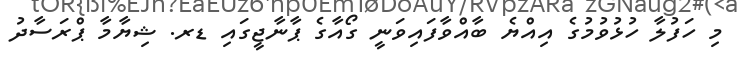
މި ހަފުލާ ހުޅުވުމުގެ އިއްޔެ ބާއްވާފައިވަނީ ގޯއާގެ ޕާނާޖީގައި ޑރ. ޝިޔާމާ ޕްރަސާދު